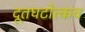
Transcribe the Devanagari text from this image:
दूतघटोत्कच